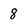
Character: 8